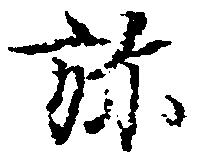
弥